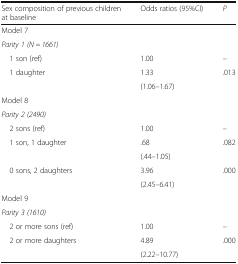
<table><thead><tr><td><b>Sex composition of previous children at baseline</b></td><td><b>Odds ratios (95%CI)</b></td><td><b><i>P</i></b></td></tr></thead><tbody><tr><td colspan="3">Model 7</td></tr><tr><td colspan="3"><i>Parity 1 (N = 1661)</i></td></tr><tr><td> 1 son (ref)</td><td>1.00</td><td>–</td></tr><tr><td> 1 daughter</td><td>1.33</td><td>.013</td></tr><tr><td></td><td>(1.06–1.67)</td><td></td></tr><tr><td colspan="3">Model 8</td></tr><tr><td colspan="3"><i>Parity 2 (2490)</i></td></tr><tr><td> 2 sons (ref)</td><td>1.00</td><td>–</td></tr><tr><td> 1 son, 1 daughter</td><td>.68</td><td>.082</td></tr><tr><td></td><td>(.44–1.05)</td><td></td></tr><tr><td> 0 sons, 2 daughters</td><td>3.96</td><td>.000</td></tr><tr><td></td><td>(2.45–6.41)</td><td></td></tr><tr><td colspan="3">Model 9</td></tr><tr><td colspan="3"><i>Parity 3 (1610)</i></td></tr><tr><td> 2 or more sons (ref)</td><td>1.00</td><td>–</td></tr><tr><td> 2 or more daughters</td><td>4.89</td><td>.000</td></tr><tr><td></td><td>(2.22–10.77)</td><td></td></tr></tbody></table>